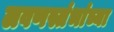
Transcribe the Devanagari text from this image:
लवणस्तंभांच्या